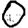
Digit: 0